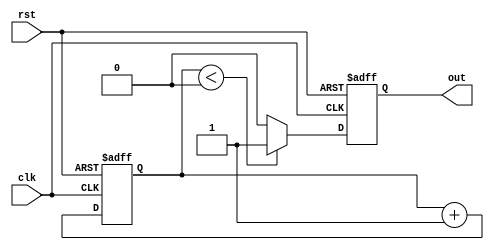
module DutyCyclePulseGenerator (
    input wire clk,
    input wire rst,
    output reg out
);

reg [15:0] counter;
reg duty_cycle = 16'h8000;

always @ (posedge clk or posedge rst) begin
    if (rst) begin
        counter <= 16'd0;
        out <= 1'b0;
    end else begin
        if (counter < duty_cycle) begin
            out <= 1'b1;
        end else begin
            out <= 1'b0;
        end
        
        counter <= counter + 1;
    end
end

endmodule